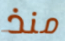
منذ